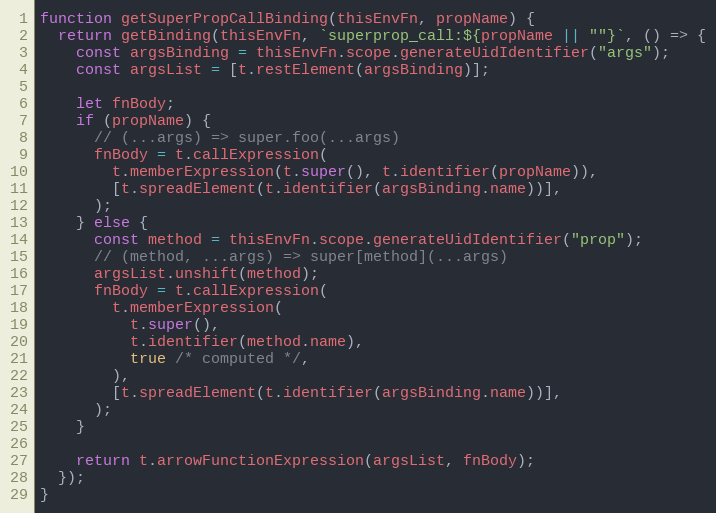
Language: JavaScript
function getSuperPropCallBinding(thisEnvFn, propName) {
  return getBinding(thisEnvFn, `superprop_call:${propName || ""}`, () => {
    const argsBinding = thisEnvFn.scope.generateUidIdentifier("args");
    const argsList = [t.restElement(argsBinding)];

    let fnBody;
    if (propName) {
      // (...args) => super.foo(...args)
      fnBody = t.callExpression(
        t.memberExpression(t.super(), t.identifier(propName)),
        [t.spreadElement(t.identifier(argsBinding.name))],
      );
    } else {
      const method = thisEnvFn.scope.generateUidIdentifier("prop");
      // (method, ...args) => super[method](...args)
      argsList.unshift(method);
      fnBody = t.callExpression(
        t.memberExpression(
          t.super(),
          t.identifier(method.name),
          true /* computed */,
        ),
        [t.spreadElement(t.identifier(argsBinding.name))],
      );
    }

    return t.arrowFunctionExpression(argsList, fnBody);
  });
}